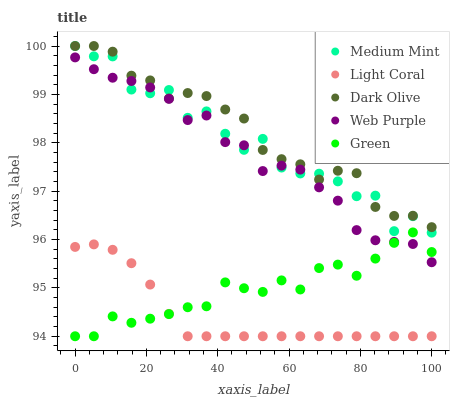
| xaxis_label | Medium Mint | Light Coral | Dark Olive | Web Purple | Green |
 | --- | --- | --- | --- | --- | --- |
 | 0 | 100 | 95.8 | 100 | 99.8 | 94 |
 | 5.26 | 99.8 | 95.9 | 100 | 99.5 | 94 |
 | 10.5 | 99.8 | 95.8 | 99.9 | 99.3 | 94.4 |
 | 15.8 | 99.1 | 95.5 | 99.4 | 99.3 | 94.3 |
 | 21.1 | 99 | 95.1 | 99.3 | 99.1 | 94.4 |
 | 26.3 | 99.1 | 94.5 | 98.9 | 98.9 | 94.5 |
 | 31.6 | 98.5 | 94 | 99 | 98.5 | 94.6 |
 | 36.8 | 98.6 | 94 | 99 | 98.6 | 94.6 |
 | 42.1 | 98.2 | 94 | 98.7 | 98 | 95.1 |
 | 47.4 | 97.9 | 94 | 98.5 | 97.9 | 95 |
 | 52.6 | 98.1 | 94 | 97.9 | 97.4 | 94.9 |
 | 57.9 | 97.5 | 94 | 97.7 | 97.5 | 95.2 |
 | 63.2 | 97.4 | 94 | 97.6 | 97.4 | 95 |
 | 68.4 | 97.4 | 94 | 97.2 | 97.1 | 95.4 |
 | 73.7 | 97.2 | 94 | 97.4 | 96.8 | 95.5 |
 | 78.9 | 96.9 | 94 | 97.4 | 96.2 | 95.3 |
 | 84.2 | 96.9 | 94 | 96.7 | 96 | 95.6 |
 | 89.5 | 96.2 | 94 | 96.5 | 96 | 95.9 |
 | 94.7 | 96.5 | 94 | 96.5 | 95.9 | 96.1 |
 | 100 | 96.1 | 94 | 96.3 | 95.5 | 95.7 |